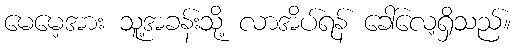
မေမေ့အား သူ့အခန်းသို့ လာအိပ်ရန် ခေါ်လေ့ရှိသည်။